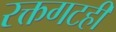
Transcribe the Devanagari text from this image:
रक्तगटही